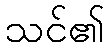
သင်၏